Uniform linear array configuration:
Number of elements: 48
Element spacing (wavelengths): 0.5
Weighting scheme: binomial
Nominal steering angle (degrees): -60
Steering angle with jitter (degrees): -60.407
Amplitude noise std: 0.05
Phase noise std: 0.05

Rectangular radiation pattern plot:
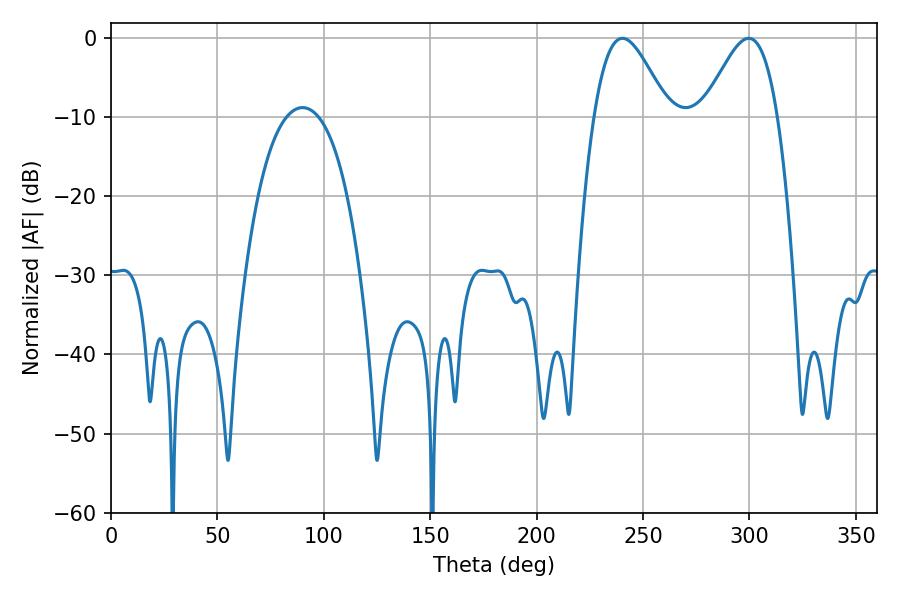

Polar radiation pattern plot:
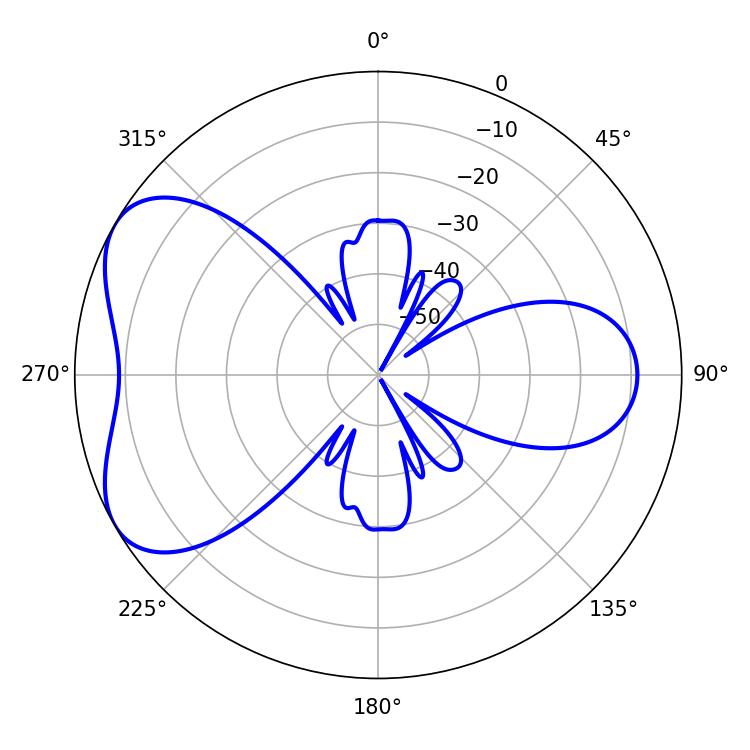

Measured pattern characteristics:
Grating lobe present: FALSE
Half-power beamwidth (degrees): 18.36
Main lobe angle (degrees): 240.3